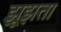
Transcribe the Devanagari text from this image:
झूझता